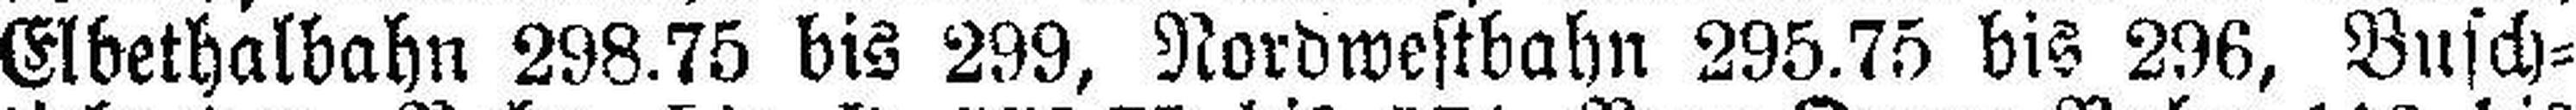
Elbethalbahn 298.75 bis 299, Nordwestbahn 295.75 bis 296, Busch¬